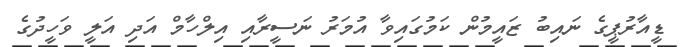
ޑީއާރުޕީގެ ނައިބު ޒައީމުން ކަމުގައިވާ އުމަރު ނަސީރާއި އިލްހާމް އަދި އަލީ ވަހީދުގެ